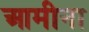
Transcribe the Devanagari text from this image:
आमीना